Lunatic asylums Central Provinces reports 1886-1894 - 1886-1894
Year: 1886
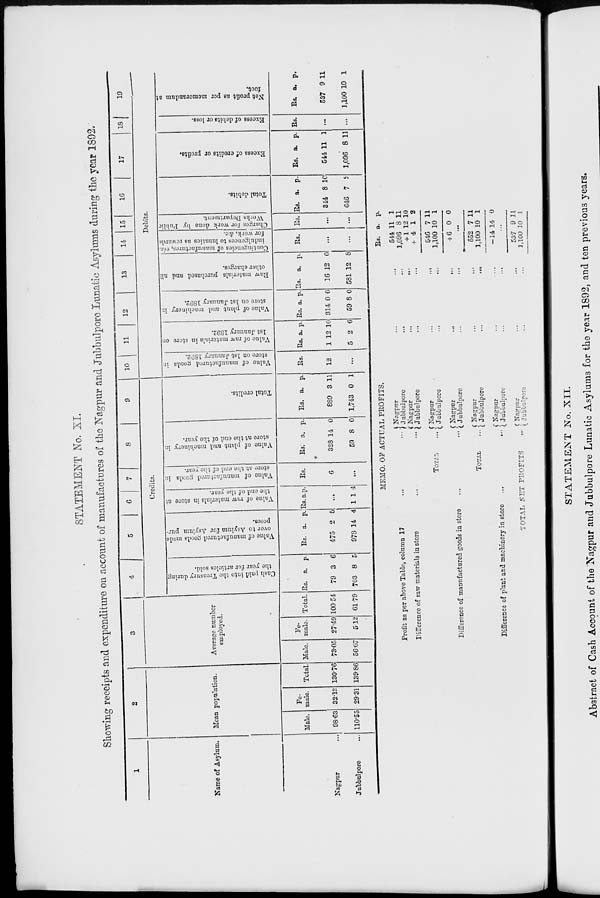
STATEMENT No. XI.
Showing receipts and expenditure on account of manufactures of the Nagpur and Jubbulpore Lunatic Asylums during the year 1892.
1
Name of Asylum.
Nagpur
...
Jubbulpore...
2
Mean population.
Male.
98.63
110.55
Fe-
male.
32.13
29.31
Total.
130.76
139.86
3
Average number
employed.
Male.
73.05
56.67
Fe-
male.
27.49
5.12
Total.
100.54
61.79
4
5
6
7
8
9
Credits.
Cash paid into the Treasury during
the year for articles sold.
Rs.
79
703
a.
3
8
p.
6
5
Value of manufactured goods made
over to Asylum for Asylum pur-
poses.
Rs.
475
978
a.
2
14
p.
5
4
Value of raw materials in store at
the end of the year.
Rs. a p.
...
1 1 4
Value of manufactured goods in
store at the end of the year.
Rs.
6
...
Value of plant and
machinery in
store at the end of the year.
Rs.
328
59
a.
14
8
p.
0
0
Total credits.
Rs.
889
1,743
a.
3
0
p.
11
1
10
11
12
13
14
15
16
17 18 19
Debits.
Value of manufactured goods in
store on 1st January 1892.
Rs.
12
...
Value of raw materials in store on
1st January 1892.
Rs.
1
5
a.
12
2
p.
10
6
Value of plant and machinery in
store on 1st January 1892.
Rs.
314
59
a.
0
8
p.
0
0
Raw materials purchased and all
other charges.
Rs.
16
581
a.
12
12
p.
0
8
Contingencies of manufactures, viz.
indulgences to lunatics as rewards
for work, &c.
Rs.
...
...
Charges for work done by Public
Works Department.
Rs.
...
...
Total debits.
Rs.
344
646
a.
8
7
p.
10
2
Excess of credits or profits.
Rs.
544
1,096
a.
11
8
p.
1
11
Excess of debits or loss.
Rs.
...
...
Net profit as per memorandum at
foot.
Rs.
537
1,100
a.
9
10
p.
11
1
MEMO. OF ACTUAL PROFITS.
Profit as per above Table, column 17
... ...
Difference of raw materials in store
...
...
TOTAL ...
Difference of manufactured goods in store
...
...
TOTAL
...
Difference of plant and machinery in store
...
...
TOTAL NET PROFITS
...
Nagpur... ...
Jubbulpore
...
...
Nagpur... ...
Jubbulpore... ...
Nagpur
...
...
Jubbulpore
...
...
Nagpur... ...
Jubbulpore
...
...
Nagpur
...
...
Jubbulpore
...
...
Nagpur... ...
Jubbulpore... ...
Nagpur
...
...
Jubbulpore ... ...
Rs.
544
1,096
+ 1
+ 4
546
1,100
+ 6
a.
11
8
12
1
7
10
0
p.
1
11
10
2
11
1
0
...
552
1,100
—14
7
10
14
11
1
0
...
537
1,100
9
10
11
1